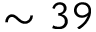
\sim 3 9